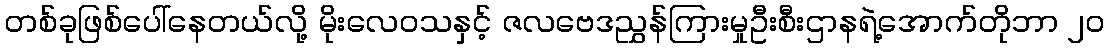
တစ်ခုဖြစ်ပေါ်နေတယ်လို့ မိုးလေဝသနှင့် ဇလဗေဒညွှန်ကြားမှုဦးစီးဌာနရဲ့အောက်တိုဘာ ၂၀